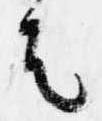
者